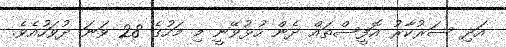
އަދި ސަރުކާރު އޮފީސްތައް ދެން ހުޅުވޭނީ މި މަހުގެ 28 ވަނަ ދުވަހުއެވެ.